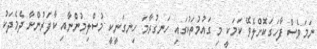
ނަމަވެސް ފާހަގަކޮށްލެވޭ ކަމަކީ މި ގައުމުތަކުގައި ހަނގުރާމަ ހިނގަނީކީ މުސްލިމުންނާއި ކާފަރުންނާ ދެމެދަކު